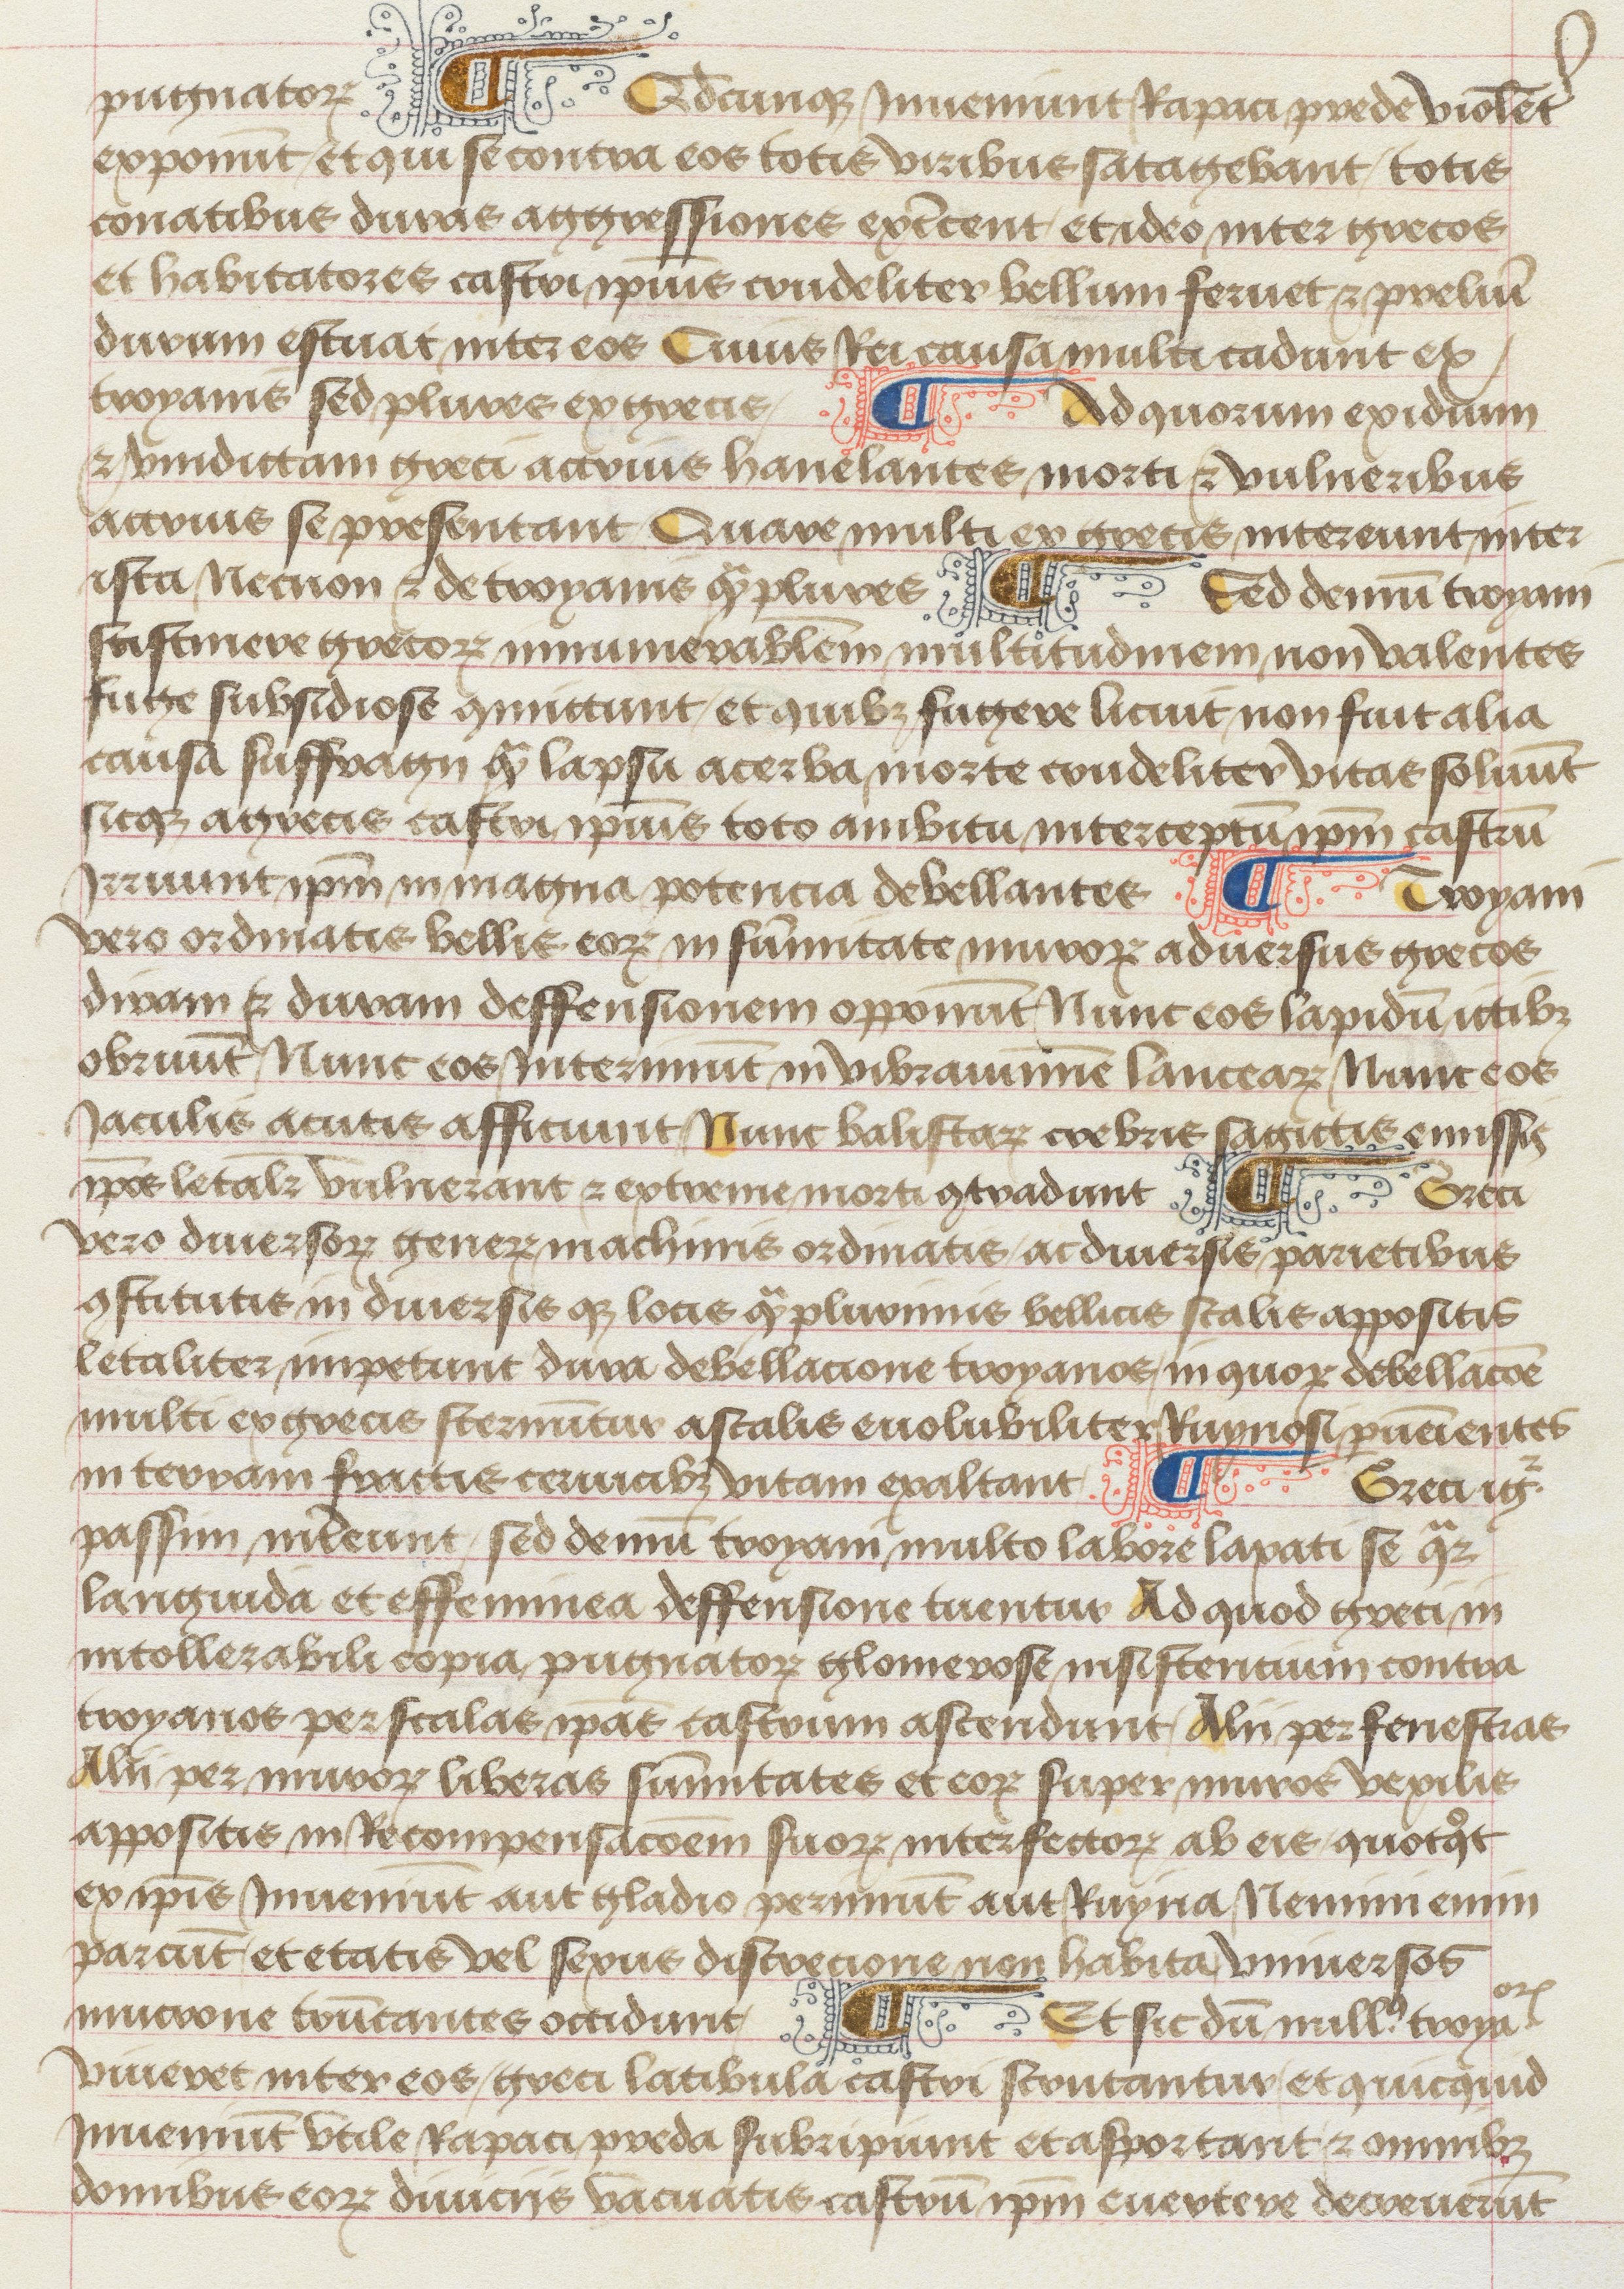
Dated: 1475–1499